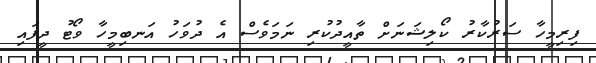
ފިރިމީހާ ސަރުކާރު ކޯލިޝަނަށް ތާއީދުކުރި ނަމަވެސް އެ ދުވަހު އަނބިމީހާ ވޯޓު ދީފައި